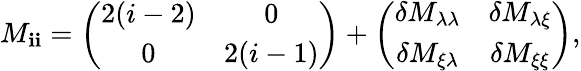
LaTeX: M_{\mathbf{i}\mathbf{i}}=\left(\begin{array}{cc}{{2(i-2)}}&{{0}}\\ {{0}}&{{2(i-1)}}\end{array}\right)+\left(\begin{array}{cc}{{\delta M_{\lambda\lambda}}}&{{\delta M_{\lambda\xi}}}\\ {{\delta M_{\xi\lambda}}}&{{\delta M_{\xi\xi}}}\end{array}\right),